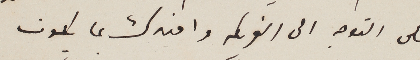
على التوجه الى الفريكه وافيدك بما يكون